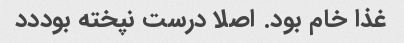
غذا خام بود. اصلا درست نپخته بوددد